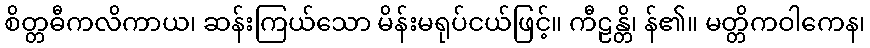
စိတ္တဓီကလိကာယ၊ ဆန်းကြယ်သော မိန်းမရုပ်ငယ်ဖြင့်။ ကီဠန္တိ၊ န်၏။ မတ္တိကဝါကေန၊